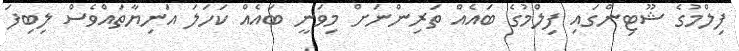
ފިލްމުގެ ޝޫޓިންގައި ފިލްމުގެ ބައެއް ތަރިންނަށް މިވަނީ ބައެއް ކަހަލަ އަނިޔާތައްވެސް ލިބިފަ